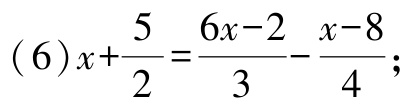
\((6)x+\frac{5}{2}=\frac{6x - 2}{3}-\frac{x - 8}{4};\)